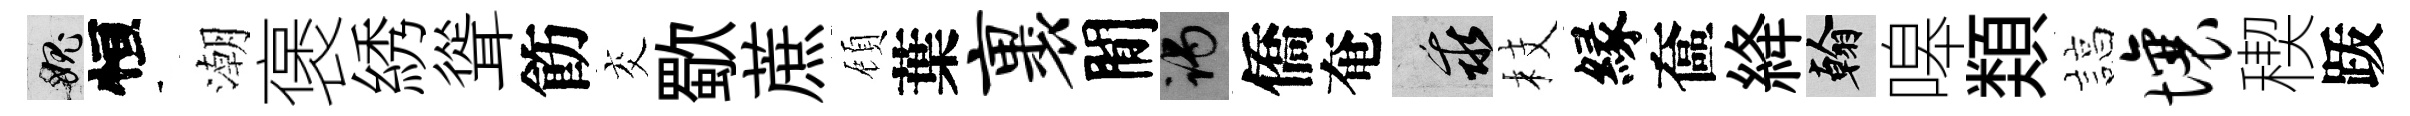
愧恒潮褒綉聳飭交歜蔗頋葉裹閒谒僑奄乖枝縁奩絳翰嗥𩔖諄壤稧䟦